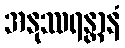
အနုဿရန္တာနံ